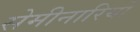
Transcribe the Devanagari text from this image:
सेमीनारियों